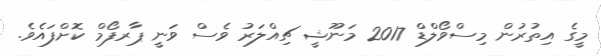
މީގެ އިތުރުން މިސްވޯލްޑް 2017 މަނޫޝީ ޗިއްލަރު ވެސް ވަނީ ޕާރފޯމް ކޮށްފައެވެ.